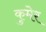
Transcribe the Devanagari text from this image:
कुमेर